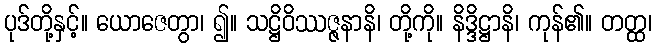
ပုဒ်တို့နှင့်။ ယောဇေတွာ၊ ၍။ သဋ္ဌိဝိဿဇ္ဇနာနိ၊ တို့ကို။ နိဒ္ဒိဋ္ဌာနိ၊ ကုန်၏။ တတ္ထ၊